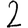
Digit: 2